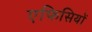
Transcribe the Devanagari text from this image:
एफिसियों